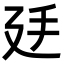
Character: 𢌜